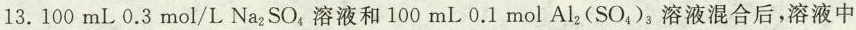
13.100mL0.3mol/LNa_{2}SO_{4}溶液和100mL0.1mol Al_{2}(SO_{4})_{3}溶液混合后，溶液中